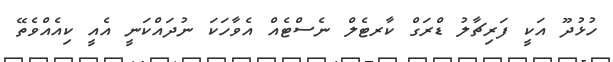
ހުޅުދޫ އަކީ ފަރިޗާލު ޑްރަގް ކާރޓެލް ނެސްޓެއް އެވާހަކަ ނުދައްކަނީ އެއީ ކިއެއްވެތޭ